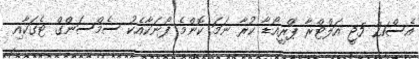
އެސް21 5ޖީ އަލްޓްރާ ޕްރީއޯޑާ ކުރާ ނަމަ ކޮންމެ ފޯނަކާއެކު ސެމްސަންގް ޓެގަކާއި